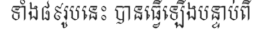
ទាំង៨៩រូបនេះ បានធ្វើឡើងបន្ទាប់ពី